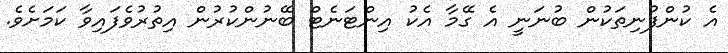
އެ ކުންފުނިތަކުން ބުނަނީ އެ ގޭމާ އެކު އިންޓަނެޓް ބޭނުންކުރުން އިތުރުވެފައިވާ ކަމަށެވެ.